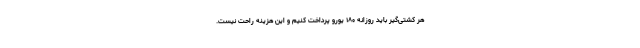
هر کشتی‌گیر باید روزانه ۱۸۰ یورو پرداخت کنیم و این هزینه راحت نیست.